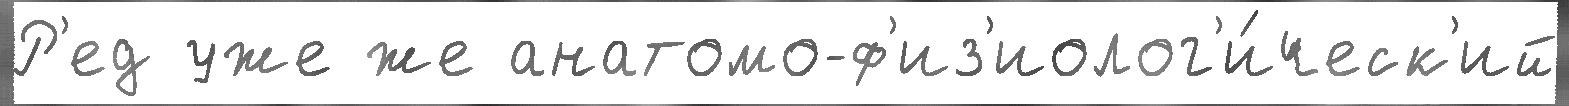
Р'ед уже же анатомо-ф'из'иолог'и́ческ'ий